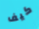
كيف